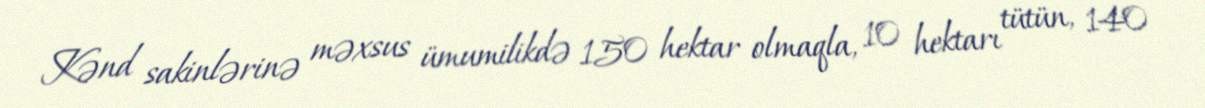
Kənd sakinlərinə məxsus ümumilikdə 150 hektar olmaqla, 10 hektarı tütün, 140